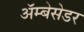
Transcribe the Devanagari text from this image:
अॅम्बेसेडर